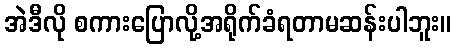
အဲဒီလို စကားပြောလို့အရိုက်ခံရတာမဆန်းပါဘူး။